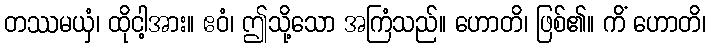
တဿမယှံ၊ ထိုငါ့အား။ ဧဝံ၊ ဤသို့သော အကြံသည်။ ဟောတိ၊ ဖြစ်၏။ ကိံ ဟောတိ၊